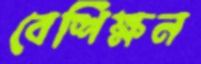
বেশিক্ষন